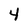
Character: 4